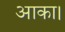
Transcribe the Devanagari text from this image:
आका।